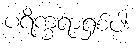
ပရိက္ခရာရှစ်ပါး